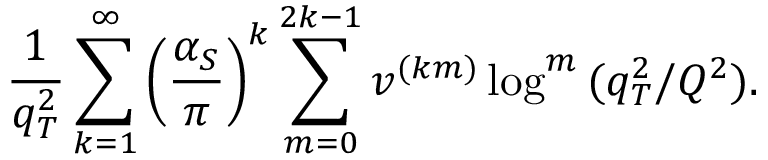
\frac { 1 } { q _ { T } ^ { 2 } } \sum _ { k = 1 } ^ { \infty } \left( \frac { \alpha _ { S } } { \pi } \right) ^ { k } \sum _ { m = 0 } ^ { 2 k - 1 } v ^ { ( k m ) } \log ^ { m } { ( q _ { T } ^ { 2 } / Q ^ { 2 } ) } .